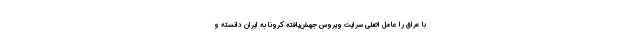
با عراق را عامل اصلی سرایت ویروس جهش‌یافته کرونا به ایران دانسته و